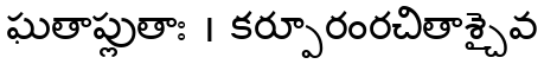
ఘతాప్లుతాః । కర్పూరంరచితాశ్చైవ